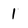
Character: 1